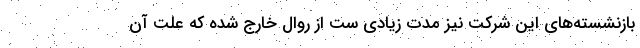
بازنشسته‌های این شرکت نیز مدت زیادی ست از روال خارج شده که علت آن